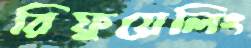
রিফুয়েলিং